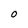
Character: O